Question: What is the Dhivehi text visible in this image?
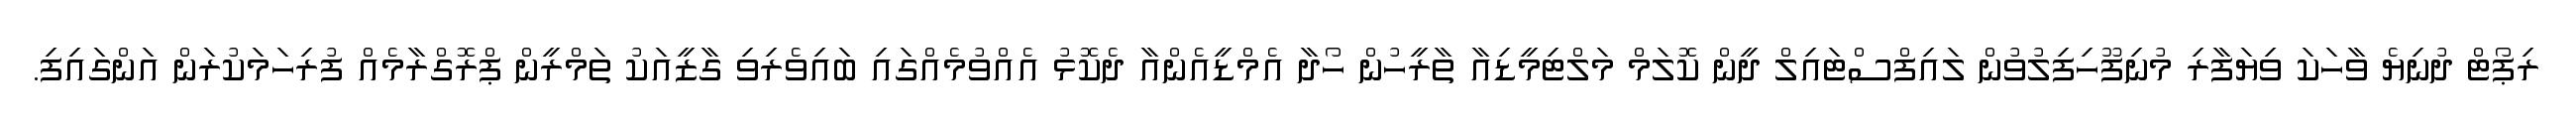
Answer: ރިޕޯޓް ދުނިޔެ ވާހަކަ ވިޔަފާރި މުނިފޫހިފިލުވުން ލައިފްސްޓައިލް ދީން ކޮލަމް މަލްޓިމީޑިއާ ތާރީހުން ހޯދާ އެމްޑީއެންއާ ދެކޮޅު އެއްވުމެއްގައި ބައިވެރިވި ގާޒީއަކު ތަމްރީން ޕްރޮގްރާމެއް ފުރިހަމަކުރަން އަންގައިފި.